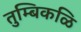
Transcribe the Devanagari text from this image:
तुम्बिकळि